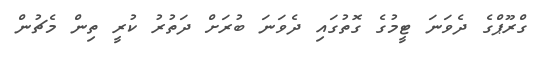
ގްރޫޕްގެ ދެވަނަ ޓީމުގެ ގޮތުގައި ދެވަނަ ބުރަށް ދަތުރު ކުރީ ތިން މެޗުން